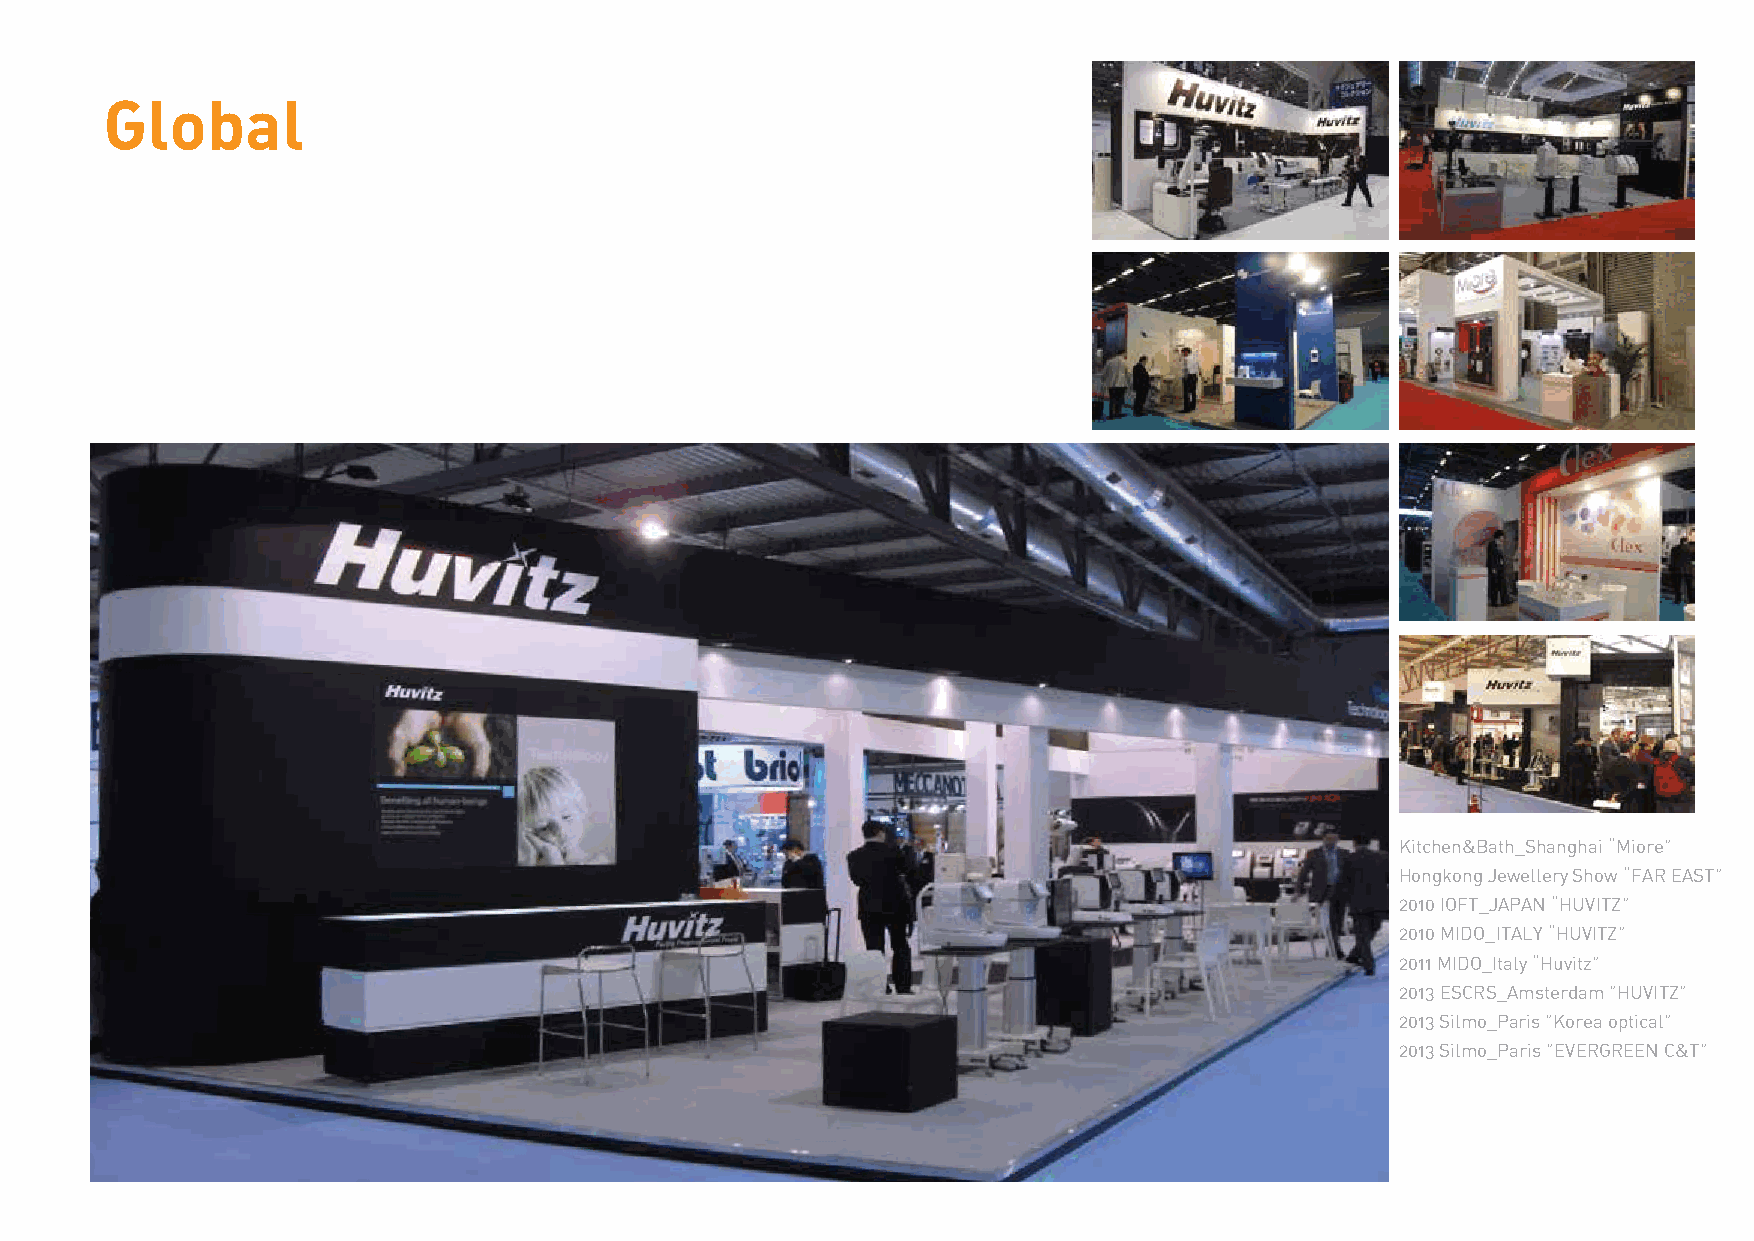
Global
 Kitchen&Bath_Shanghai “Miore”
 Hongkong Jewellery Show “FAR EAST”
 2010 IOFT_JAPAN “HUVITZ”
 2010 MIDO_ITALY “HUVITZ”
 2011 MIDO_Italy “Huvitz”
 2013 ESCRS_Amsterdam ”HUVITZ”
 2013 Silmo_Paris ”Korea optical”
 2013 Silmo_Paris ”EVERGREEN C&T”